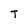
Character: T